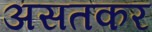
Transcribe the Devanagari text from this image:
असतकर